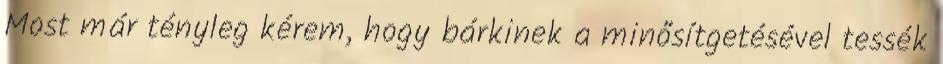
Most már tényleg kérem, hogy bárkinek a minősítgetésével tessék